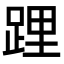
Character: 𨁫